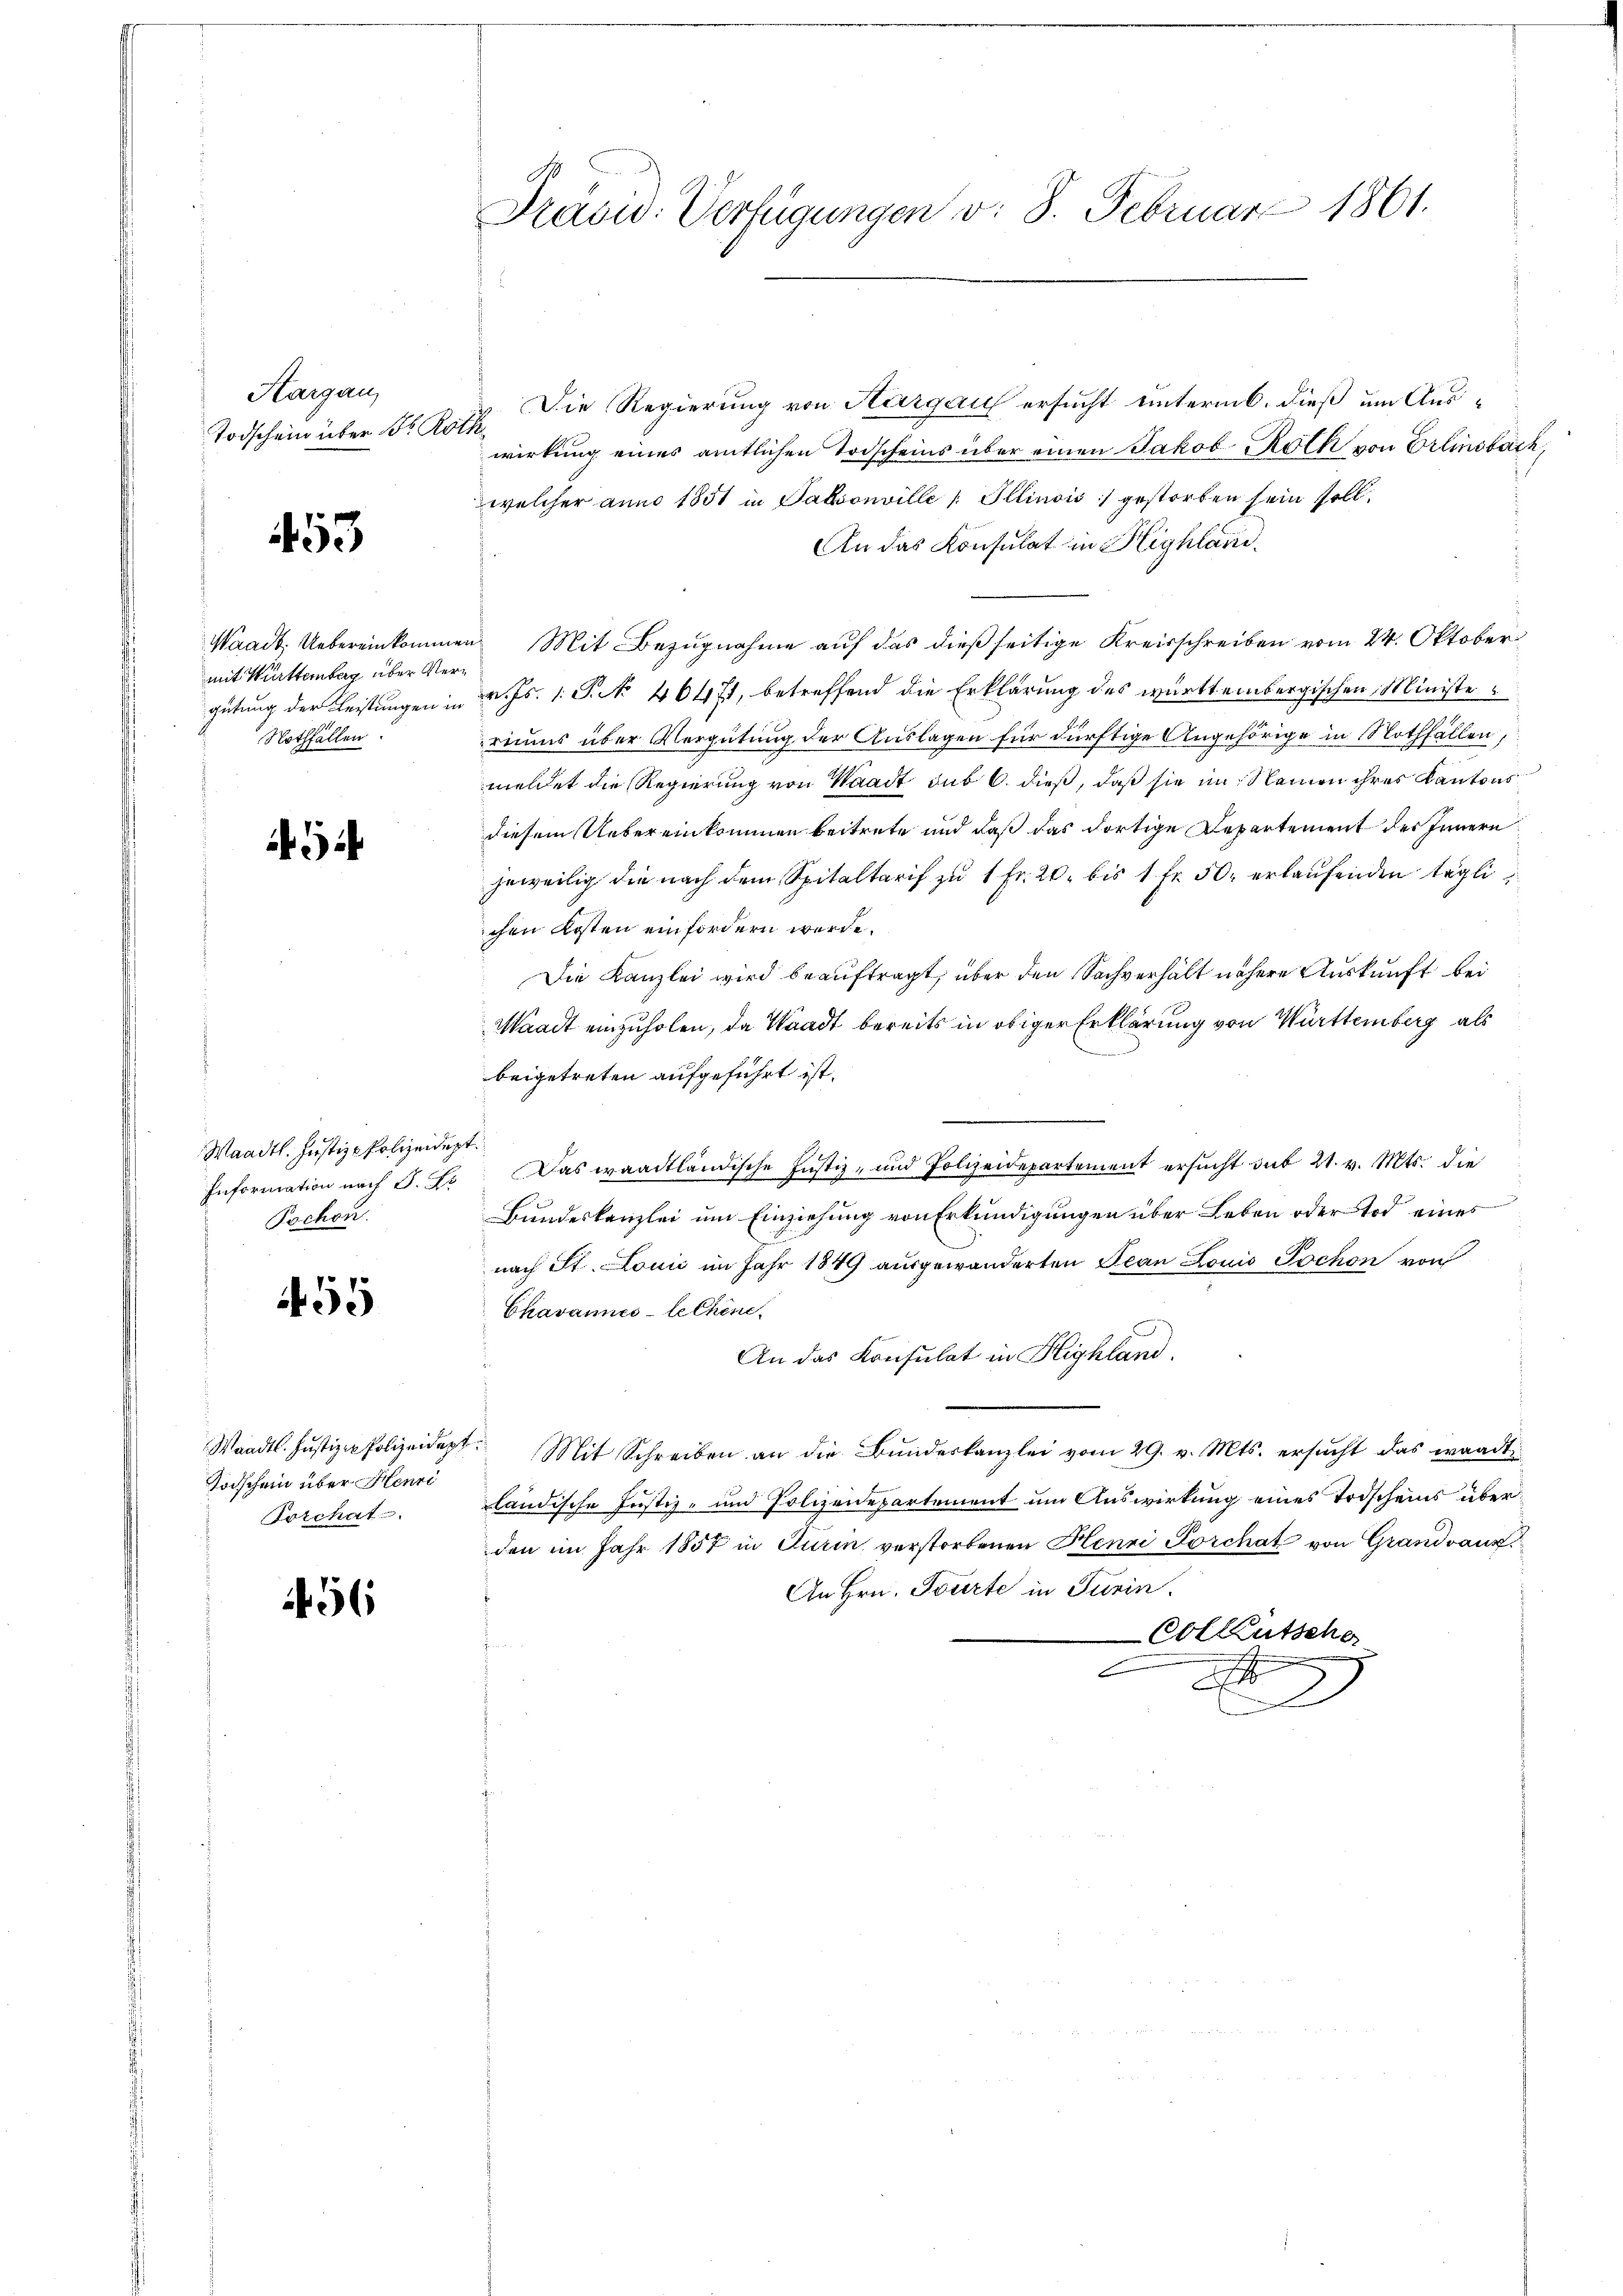
Hargau,
Todschein über dr Re

53

Waadt. Uebereinkomme
mit Württemberg über Ver¬
Nothfällen.

1

Waadt. Justiz-Polizeidept
Pochen.

55

Todschein über Henri
Forchat

56

Präsid. Verfügungen v. 8. Februar 1861.

Die Regierung von Aargau ersucht unterm 6. dieß um Aus¬
1
wirkung eines amtlichen Todscheins über einen Jakob Roth von Erlinsbach,
welcher anno 1851 in Pakvonville / Illinois) gestorben sein soll.
An das Konsulat in Highland.
en Mit Bezugnahme auf das dießseitige Kreisschreiben vom 24. Oktober
gütung der Leistungen in v. Js. 1. P. No 46471, betreffend die Erklärung des württembergischen Ministeriums über Vergütung der Auslagen für dürftige Angehörige in Nothfällen,
meldet die Regierung von Waadt sub 6. dieß, daß sie im Kleinen ihres Kantons
diesem Uebereinkommen beitrete und daß das dortige Departement des Innern
jeweilig die nach dem Spitaltarif zu 1 Fr. 20. bis 1 Fr. 50. erlaufenden tägli
ichen Kosten einfordern werde.
Die Kanzlei wird beauftragt, über den Sachverhält nähere Auskunft bei
Waadt einzuholen, da Waadt bereits in obiger Erklärung von Württemberg als
beigetreten aufgeführt ist.
Information nach J. J. Das waadtländische Justiz- und Polizeidepartement ersucht sub 21. v. Mts. die
Bundeskanzlei um Einziehung von Erkundigungen über Leben oder Tod eines
nach St. Louić im Jahr 1849 ausgewanderten Jean Louis Jochon von
Ekavannes-techene
An das Konsulat in Highland.
Waadt. Justiz-Polizeidept. Mit Schreiben an die Bŭndeskanzlei vom 29. v. Mts. ersŭcht das waadt
ländische Justiz- und Polizeidepartement um Auswirkung eines Todscheins überden im Jahr 1857 in Turin verstorbenen Henri Forchat von Grandvaux
An Hrn. Tourte in Turin.
Col Kutsche
c
x
D